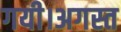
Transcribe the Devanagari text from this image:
गयी।अगस्त